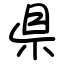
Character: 県